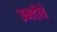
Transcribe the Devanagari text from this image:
उमदीचे